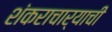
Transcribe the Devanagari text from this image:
शंकराचार्याची